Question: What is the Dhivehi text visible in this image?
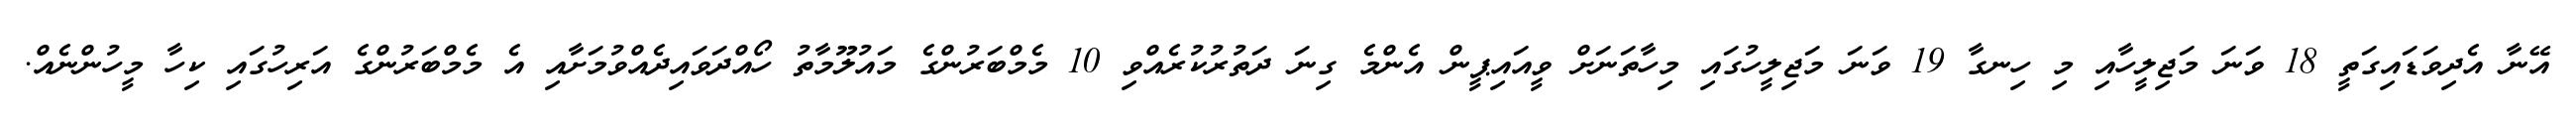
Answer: އޭނާ އެދިވަޑައިގަތީ 18 ވަނަ މަޖިލީހާއި މި ހިނގާ 19 ވަނަ މަޖިލީހުގައި މިހާތަނަށް ވީއައިޕީން އެންމެ ގިނަ ދަތުރުކުރެއްވި 10 މެމްބަރުންގެ މައުލޫމާތު ހޯއްދަވައިދެއްވުމަށާއި އެ މެމްބަރުންގެ އަރިހުގައި ކިހާ މީހުންނެއް.